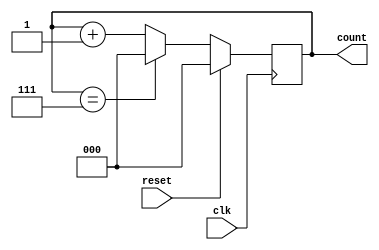
module binary_counter(
  input wire clk,
  input wire reset,
  output reg [2:0] count
);

always @(posedge clk) begin
   if (reset) begin
      count <= 3'b000;
   end else begin
      if (count == 3'b111) begin
         count <= 3'b000;
      end else begin
         count <= count + 1;
      end
   end
end

endmodule